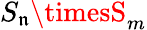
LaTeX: S_{\mathfrak{n}}\timesS_{m}